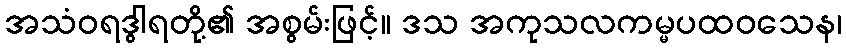
အသံဝရဒွါရတို့၏ အစွမ်းဖြင့်။ ဒသ အကုသလကမ္မပထဝသေန၊